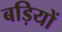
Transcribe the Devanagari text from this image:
बड़ियों